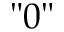
" 0 "